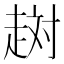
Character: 𧻐